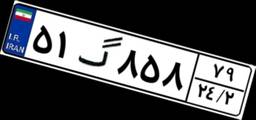
۵۱گ۸۵۸۷۹